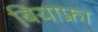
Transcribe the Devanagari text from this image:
बियाफ्रा